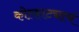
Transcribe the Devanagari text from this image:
कोल्हाट्याचं